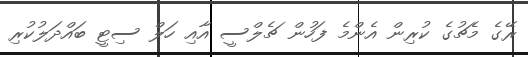
ރޭގެ މެޗުގެ ކުރިން އެންމެ ފަހުން ޗެލްސީ އާއި ހަލް ސިޓީ ބައްދަލުކުރި